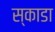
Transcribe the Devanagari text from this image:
स्काडा